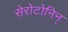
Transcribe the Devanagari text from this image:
सेरोटोनिन्